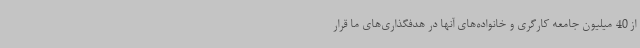
از 40 میلیون جامعه کارگری و خانواده‌های آنها در هدفگذاری‌های ما قرار